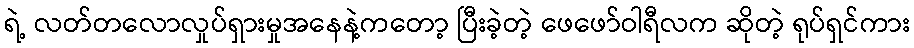
ရဲ့ လတ်တလောလှုပ်ရှားမှုအနေနဲ့ကတော့ ပြီးခဲ့တဲ့ ဖေဖော်ဝါရီလက ဆိုတဲ့ ရုပ်ရှင်ကား